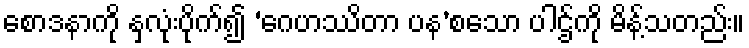
စောဒနာကို နှလုံးပိုက်၍ ‘ဂေဟဿိတာ ပန’စသော ပါဌ်ကို မိန့်သတည်း။